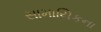
સામાયિકના